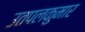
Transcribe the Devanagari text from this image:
उतपलकुमार